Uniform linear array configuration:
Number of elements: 32
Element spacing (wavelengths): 1
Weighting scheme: exponential
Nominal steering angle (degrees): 45
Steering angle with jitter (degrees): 44.312
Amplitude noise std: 0.05
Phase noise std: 0.05

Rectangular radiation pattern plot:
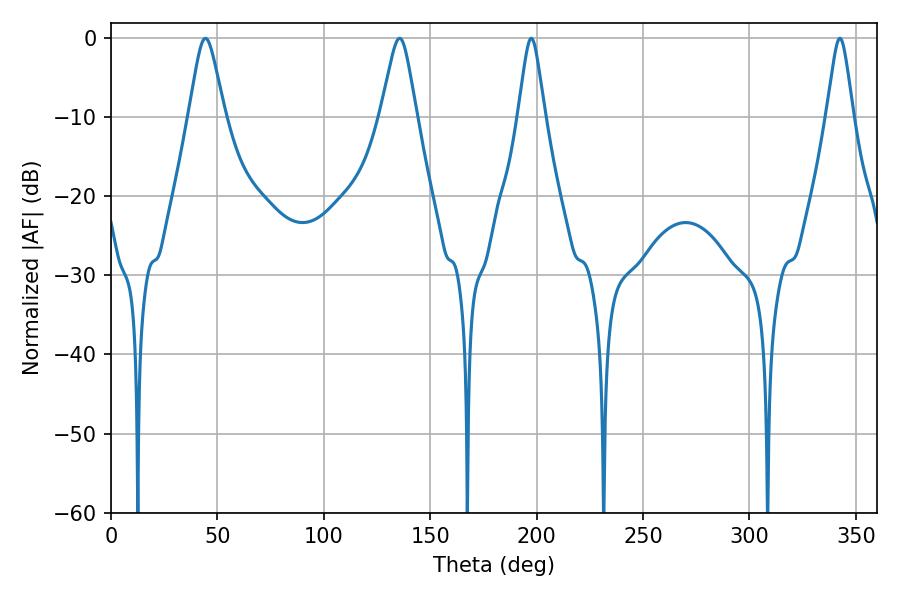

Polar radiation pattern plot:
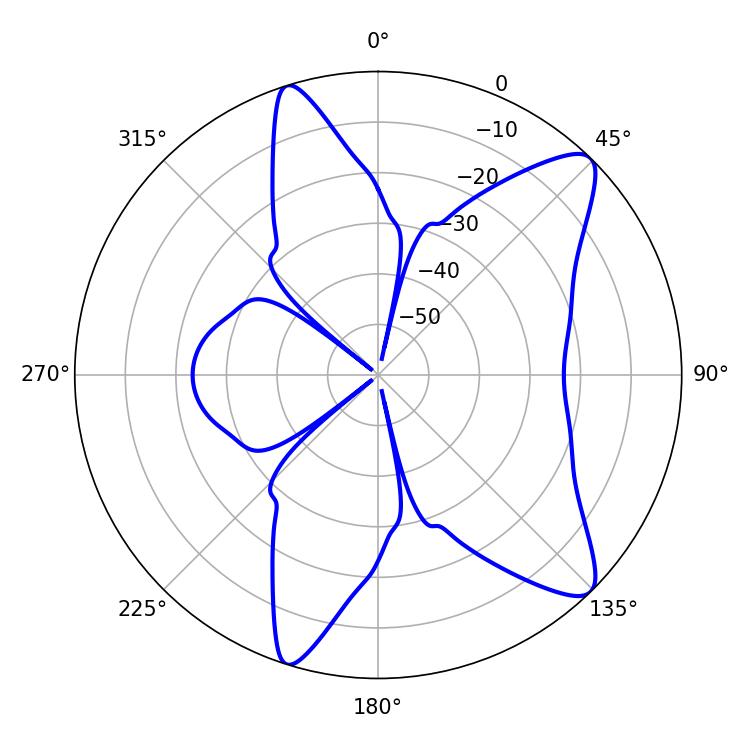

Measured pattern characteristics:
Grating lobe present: TRUE
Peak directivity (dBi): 10.704
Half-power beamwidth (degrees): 5.94
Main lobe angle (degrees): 197.46